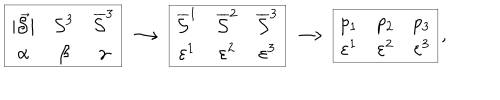
\begin{array} { | c c c | } \hline { { \mid \vec { \cal S } \mid } } & { { { \cal S } ^ { 3 } } } & { { \overline { { { \cal S } } } ^ { 3 } } } \\ { { \alpha } } & { { \beta } } & { { \gamma } } \\ \hline { { } } \\ \end{array} \longrightarrow \begin{array} { | c c c | } \hline { { \overline { { { \cal S } } } ^ { 1 } } } & { { \overline { { { \cal S } } } ^ { 2 } } } & { { \overline { { { \cal S } } } ^ { 3 } } } \\ { { \varepsilon ^ { 1 } } } & { { \varepsilon ^ { 2 } } } & { { \varepsilon ^ { 3 } } } \\ \hline { { } } \\ \end{array} \longrightarrow \begin{array} { | c c c | } \hline { { p _ { 1 } } } & { { p _ { 2 } } } & { { p _ { 3 } } } \\ { { \varepsilon ^ { 1 } } } & { { \varepsilon ^ { 2 } } } & { { \varepsilon ^ { 3 } } } \\ \hline { { } } \\ \end{array} ,